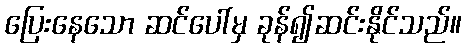
ပြေးနေသော ဆင်ပေါ်မှ ခုန်၍ဆင်းနိုင်သည်။